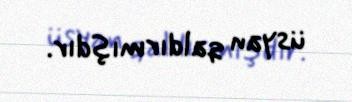
üsyan qaldırmışdır.